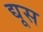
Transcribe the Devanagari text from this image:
द्यूस